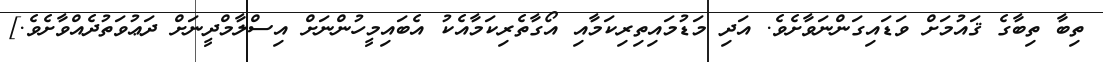
ތިބާ ތިބާގެ ޤައުމަށް ވަޑައިގަންނަވާށެވެ. އަދި މަޑުމައިތިރިކަމާއި އޯގާތެރިކަމާއެކު އެބައިމީހުންނަށް އިސްލާމްދީނަށް ދަޢުވަތުދެއްވާށެވެ.]